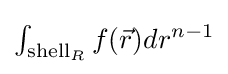
\textstyle \int _{{\text{shell}}_{R}}f({\vec {r}})dr^{n-1}